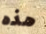
هذه